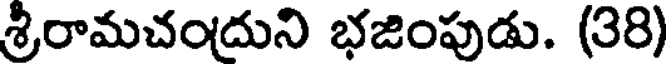
శ్రీరామచందుని భజింపుడు. (38)